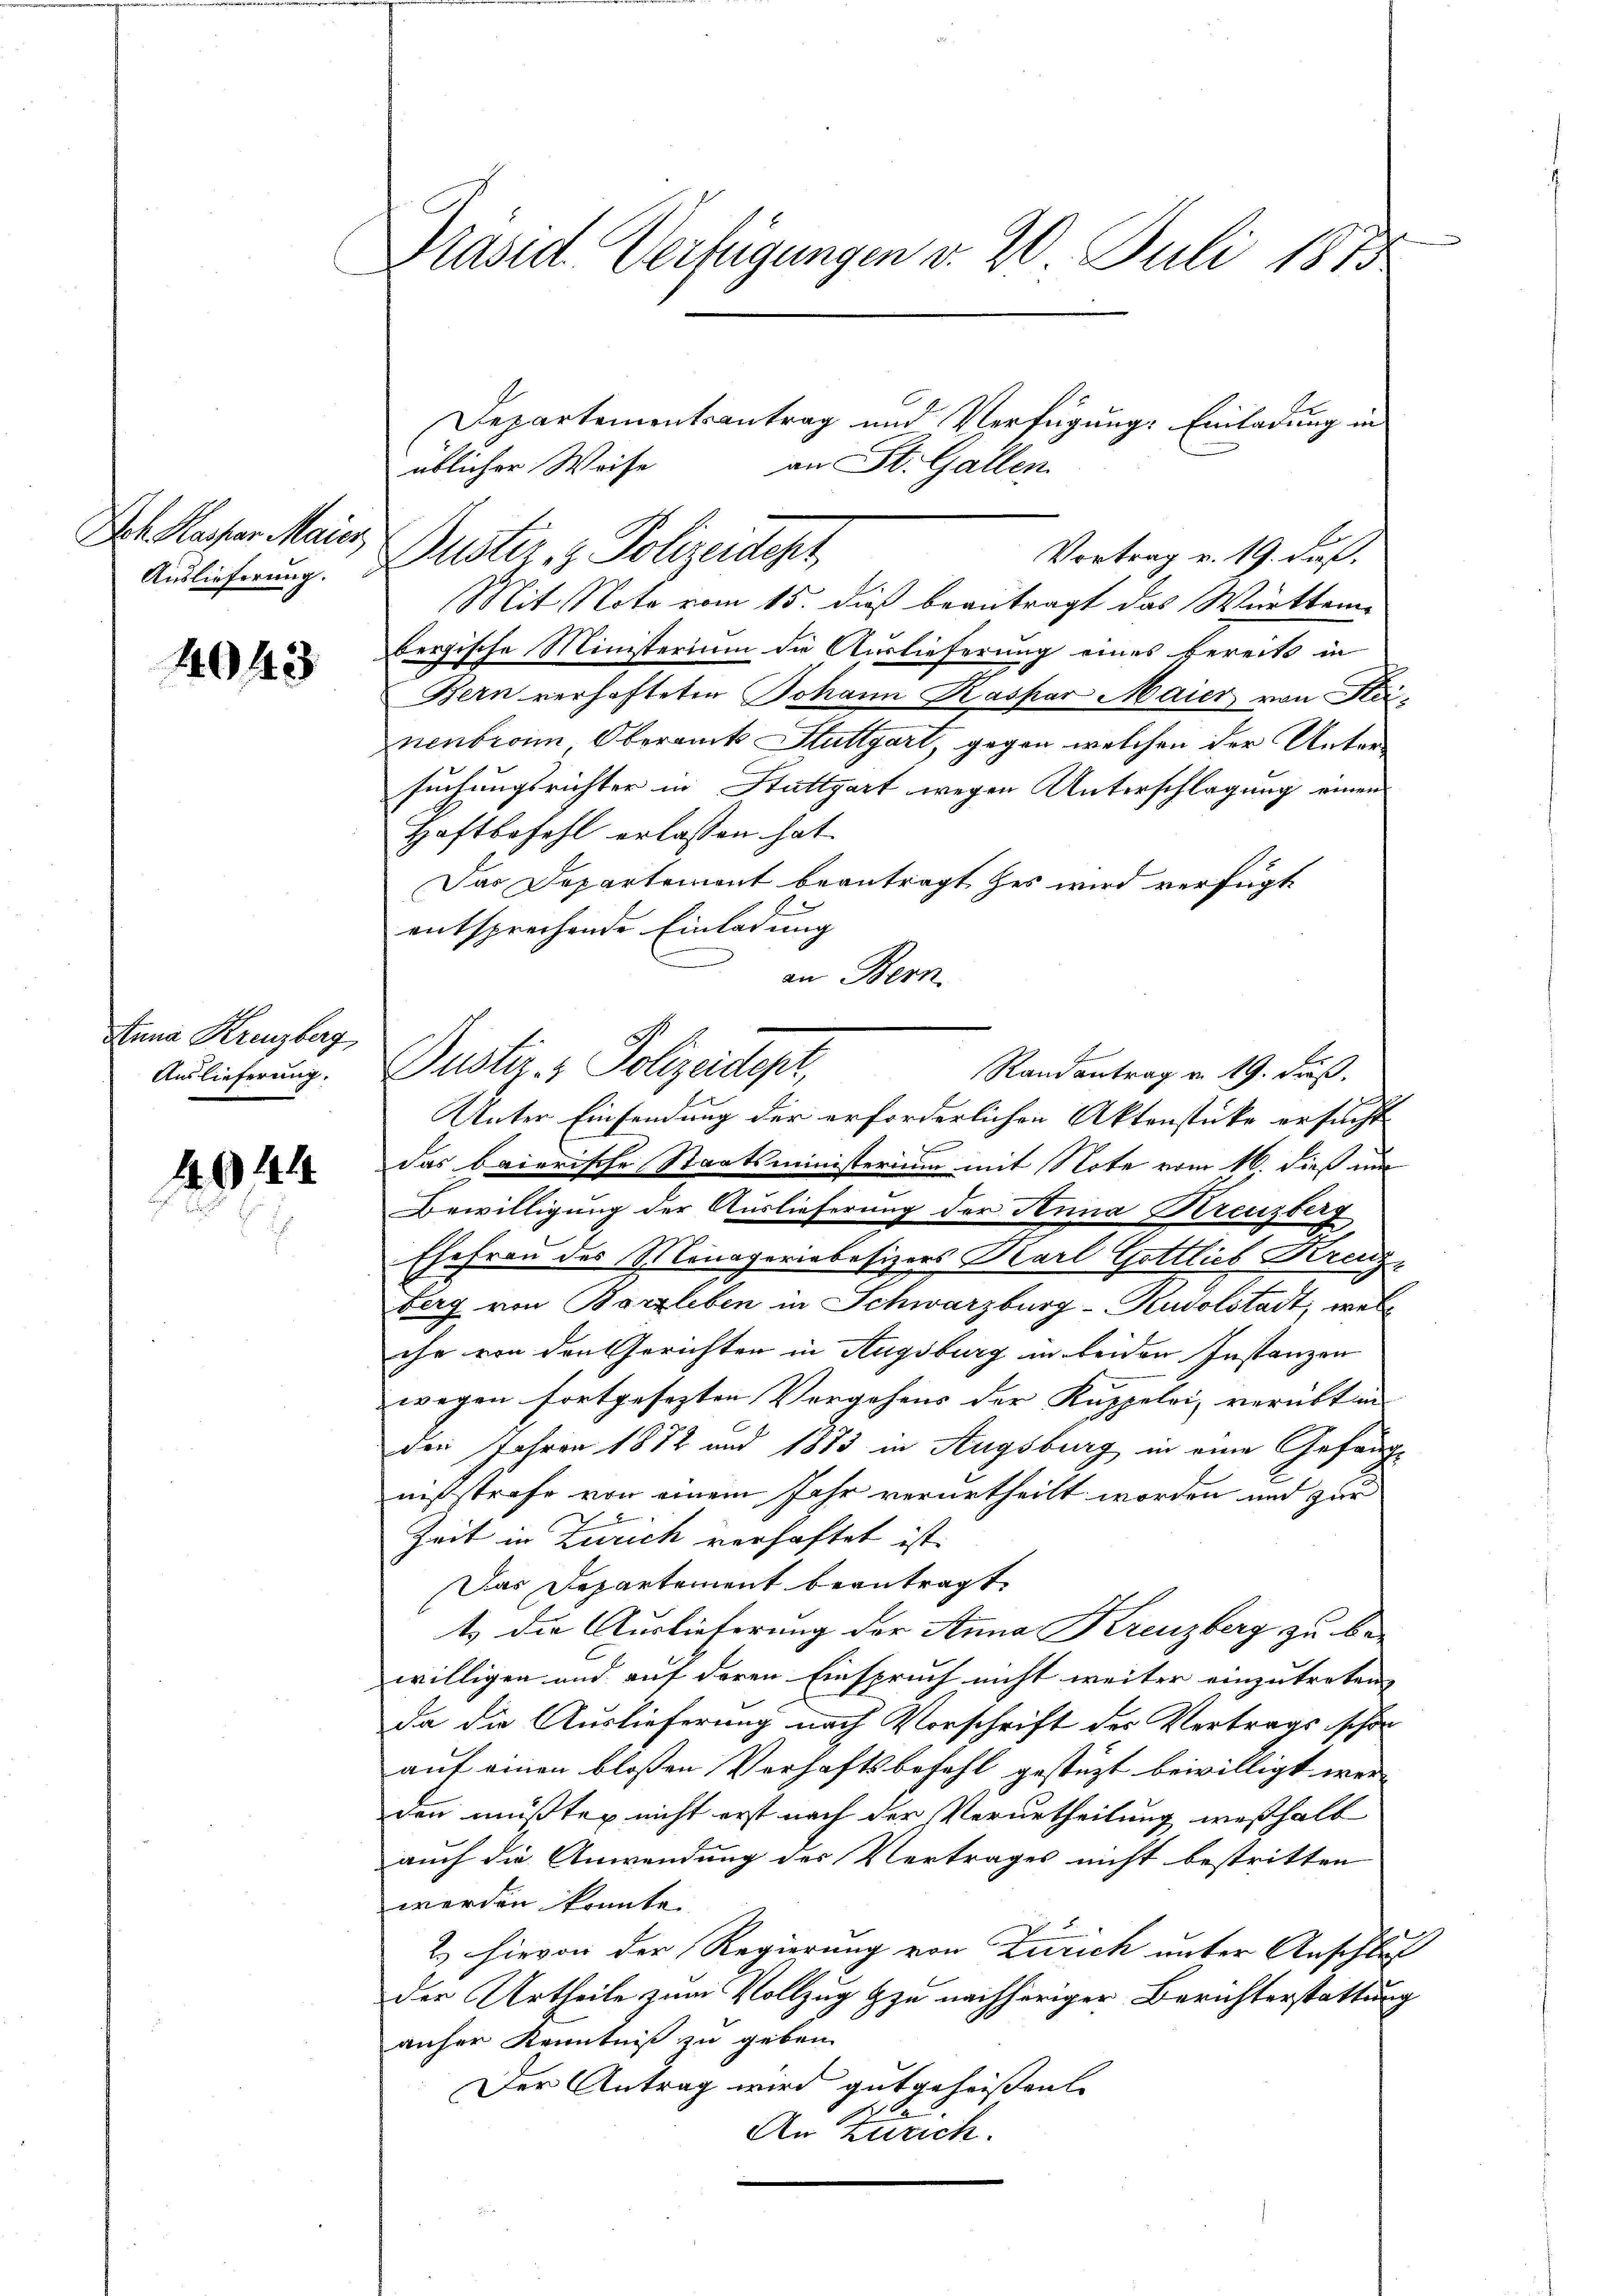
Doh. Hasser Maier,
Auslieferung.

4043

Anna Kreuzberg
Auslieferung.

4944

Präsid. Verfügungen v. 20. Juli 1873

Departementsantrag und Verfügung: Einladung in
an St. Gallen.
üblicher Weise
Duster & Polizeisteht,
Vortrag v. 19. ds.
Mit Note vom 15. dieß beantragt das Württem-
bergische Ministerium die Auslieferung eines bereits in
Bern verhafteten Johann Kaspar Maier von Hai-
nenbrann Oberamt Stuttgart, gegen welchen der Untersuchungsrichter in Stuttgart wegen Unterschlagung einen
Haftbefehl erlassen hat.
Das Departement beantragt es wird verfügt
entsprechende Einladung
an Bern.
Dustiz- & Polizeider,
Randantrag a. 19. Fuß.
Unter Einsendung der erforderlichen Aktenstücke ersucht
n
das baierische Staatsministerium mit Note vom 16. dieß un
Bewilligung der Auslieferung der Anna Kreuzberg
Ehefrau des Monaperiebesizers Karl Gottlieb Kranz-
berg von Barzleben in Schwarzburg-Rudolstadt, welch
ihe von den Gerichten in Augsburg in beiden Instanzen
wegen fortgesezten Vergehens der Kuppeli, verübten |
den Jahren 1872 und 1873 in Augsburg in eine Gefängnißstrafe von einem Jahr verurtheilt worden und zur
Zeit in Zürich verhaftet ist.
Das Departement beantragt.
ts die Auslieferung der Anna Kreuzberg zu be-
C
willigen und auf deren Einspruch nicht weiter einzutreten. |
da die Auslieferung nach Vorschrift des Vertrags schon
auf einen bloßen Verhaftsbefehl gestützt bewilligt werden müßten nicht erst nach der Verurtheilung weshalb
auch die Anwendung des Vertrages nicht bestritten
werden konnte.
2.) Hievon der Regierung von Zürich unter Anschluß
der Urtheile zum Vollzug zu nachheriger Berichterstattung
anher Kenntniß zu geben.
Der Antrag wird gutgeheissen
An Zürich.